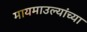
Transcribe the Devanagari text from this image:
मायमाउल्यांच्या